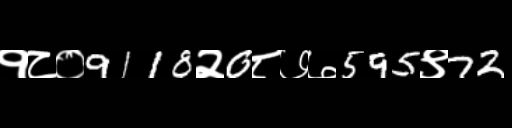
Text: १८०9118२0८७७595९72